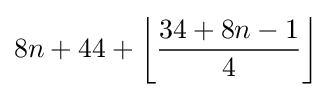
8n+44+\left\lfloor {\frac {34+8n-1}{4}}\right\rfloor